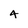
Character: 4